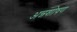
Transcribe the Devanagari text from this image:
अन्नशोषण